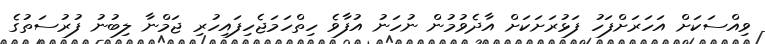
ވިއްސަކަށް އަހަރަށްފަހު ފަޅުރަށަކަށް އާދެވުމުން ނުހަނު އުފާވެ ހިތްހަމަޖެހިފައިހުރި ޖަމްނާ ލިބުނު ފުރުސަތުގެ